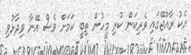
އެކު ރާއްޖޭގައި ވެރިކަން ކުރި މީހުން ތިބީ ކަމަށް ވެސް އޭނާ ވިދާޅުވި